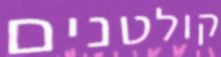
קולטנים